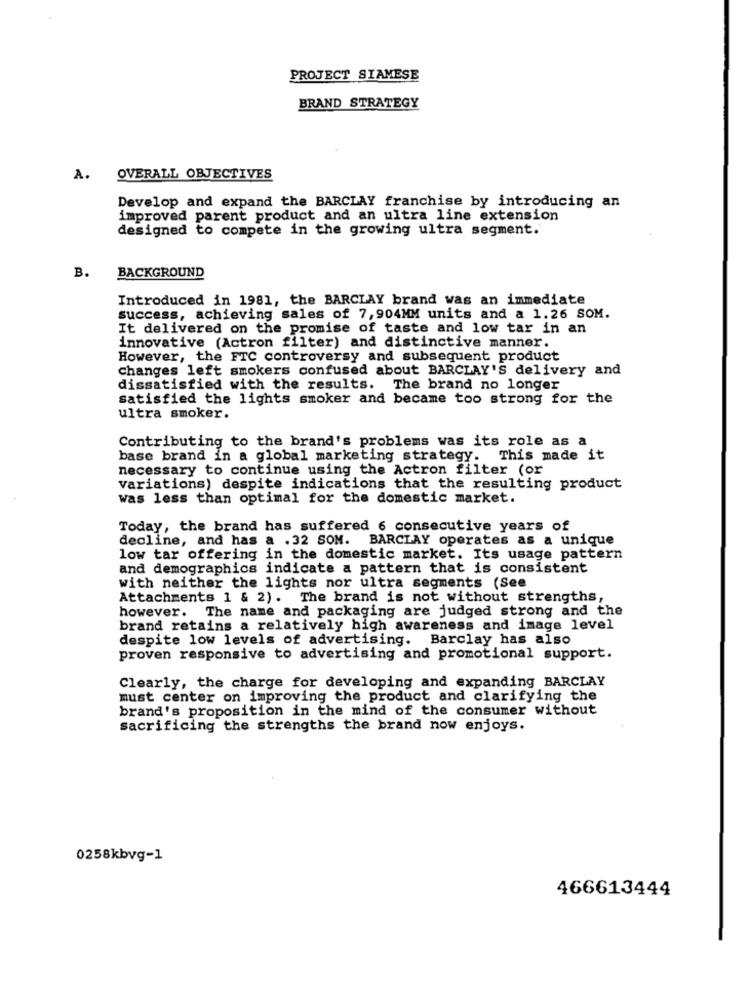
PROJECT SIAMESE
BRAND STRATEGY
A.
OVERALL OBJECTIVES
Develop and expand the BARCLAY franchise by introducing an
improved parent product and an ultra line extension
designed to compete in the growing ultra segment.
B.
BACKGROUND
Introduced in 1981, the BARCLAY brand was an immediate
success, achieving sales of 7,904MM units and a 1.26 SOM.
It delivered on the promise of taste and low tar in an
innovative (Actron filter) and distinctive manner.
However, the FTC controversy and subsequent product
changes left smokers confused about BARCLAY'S delivery and
dissatisfied with the results. The brand no longer
satisfied the lights smoker and became too strong for the
ultra smoker.
Contributing to the brand's problems was its role as a
base brand in a global marketing strategy. This made it
necessary to continue using the Actron filter (or
variations) despite indications that the resulting product
Was less than optimal for the domestic market.
Today, the brand has suffered 6 consecutive years of
decline, and has a .32 SOM. BARCLAY operates as a unique
low tar offering in the domestic market. Its usage pattern
and demographics indicate a pattern that is consistent
with neither the lights nor ultra segments (See
Attachments 1 & 2). The brand is not without strengths,
however. The name and packaging are judged strong and the
brand retains a relatively high awareness and image level
despite low levels of advertising. Barclay has also
proven responsive to advertising and promotional support.
Clearly, the charge for developing and expanding BARCLAY
must center on improving the product and clarifying the
brand's proposition in the mind of the consumer without
sacrificing the strengths the brand now enjoys.
0258kbvg-1
466613444